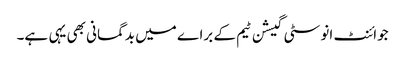
جوائنٹ انوسٹی گیشن ٹیم کے براے میں بدگمانی بھی یہی ہے۔